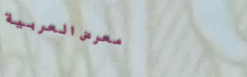
معرض العربية